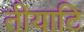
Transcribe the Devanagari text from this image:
तीयाटि